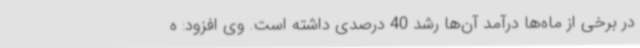
در برخی از ماه‌ها درآمد آن‌ها رشد 40 درصدی داشته است. وی افزود: ه